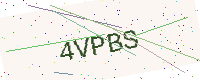
Text: 4VPBS